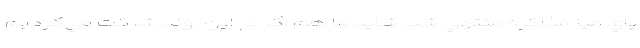
پاي ميز مذاكره منتهي شد. شايد ما هم اگر در اين روند شركت مي‌كرديم